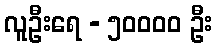
လူဦးရေ - ၅၀၀၀၀ ဦး